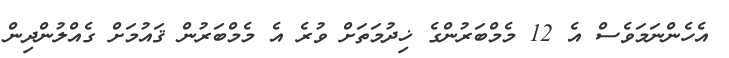
އެހެންނަމަވެސް އެ 12 މެމްބަރުންގެ ޚިދުމަތަށް ވުރެ އެ މެމްބަރުން ޤައުމަށް ގެއްލުންދިން